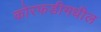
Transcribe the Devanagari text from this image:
कोरफडीमधील